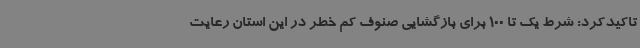
تاکیدکرد: شرط یک تا 100 برای بازگشایی صنوف کم خطر در این استان رعایت